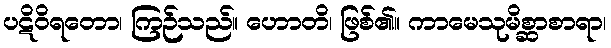
ပဋိဝိရတော၊ ကြဉ်သည်။ ဟောတိ၊ ဖြစ်၏။ ကာမေသုမိစ္ဆာစာရာ၊